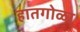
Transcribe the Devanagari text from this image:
हातगोळा